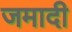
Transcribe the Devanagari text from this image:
जमादी